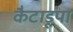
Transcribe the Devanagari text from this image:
कैटाडूपा